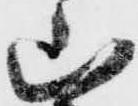
山